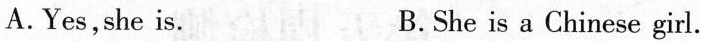
A.Yes,she is. B.She is a Chinese girl.